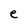
Character: e